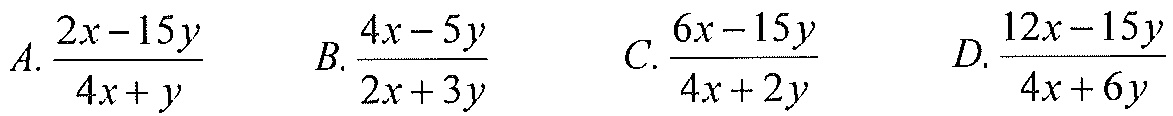
\(A.\frac{2x - 15y}{4x + y}\ \ \ \ \ \ B.\frac{4x - 5y}{2x + 3y}\ \ \ \ \ \ C.\frac{6x - 15y}{4x + 2y}\ \ \ \ \ \ D.\frac{12x - 15y}{4x + 6y}\)